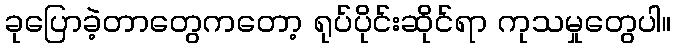
ခုပြောခဲ့တာတွေကတော့ ရုပ်ပိုင်းဆိုင်ရာ ကုသမှုတွေပါ။